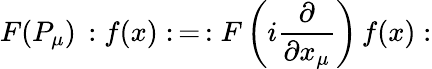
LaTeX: F(P_{\mu})\, :f(x):\, =\, :F\left(i\frac{\partial}{\partial x_{\mu}}\right)\, f(x):